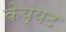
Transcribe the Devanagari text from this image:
केय्यट